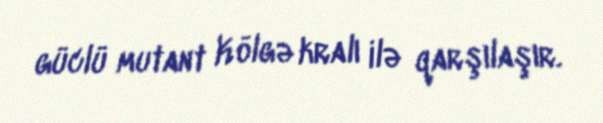
güclü mutant Kölgə kralı ilə qarşılaşır.